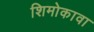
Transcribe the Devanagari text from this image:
शिमोकावा